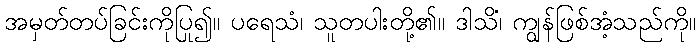
အမှတ်တပ်ခြင်းကိုပြု၍။ ပရေသံ၊ သူတပါးတို့၏။ ဒါသိံ၊ ကျွန်ဖြစ်အံ့သည်ကို။